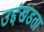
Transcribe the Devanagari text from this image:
उद्दंखडता